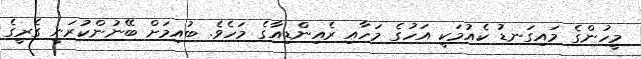
މީހުންގެ މައިގަނޑު ކެއުމަކީ އަހުގެ މަހާއި ރެއިންޑިއާގެ މަހެވެ. ބުއިމަށް ބޭނުންކުރަނީ ގެރީގެ